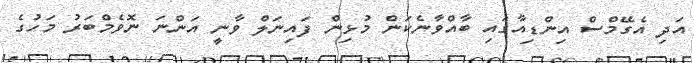
އަދި އެގޭމްސް އިންޑިއާގައި ބާއްވާނެކަން މުޅިން ފައިނަލް ވާނީ އަންނަ ނޮވެމްބަރު މަހުގެ